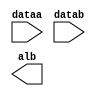
// megafunction wizard: %LPM_COMPARE%VBB%
// GENERATION: STANDARD
// VERSION: WM1.0
// MODULE: LPM_COMPARE 

// ============================================================
// Megafunction Name(s):
// 			LPM_COMPARE
//
// Simulation Library Files(s):
// 			lpm
// ============================================================
// ************************************************************
// THIS IS A WIZARD-GENERATED FILE. DO NOT EDIT THIS FILE!
//
// 13.0.1 Build 232 06/12/2013 SP 1 SJ Web Edition
// ************************************************************

//Copyright (C) 1991-2013 Altera Corporation
//Your use of Altera Corporation's design tools, logic functions 
//and other software and tools, and its AMPP partner logic 
//functions, and any output files from any of the foregoing 
//(including device programming or simulation files), and any 
//associated documentation or information are expressly subject 
//to the terms and conditions of the Altera Program License 
//Subscription Agreement, Altera MegaCore Function License 
//Agreement, or other applicable license agreement, including, 
//without limitation, that your use is for the sole purpose of 
//programming logic devices manufactured by Altera and sold by 
//Altera or its authorized distributors.  Please refer to the 
//applicable agreement for further details.

module lpm_compare0 (
	dataa,
	datab,
	alb);

	input	[9:0]  dataa;
	input	[9:0]  datab;
	output	  alb;

endmodule

// ============================================================
// CNX file retrieval info
// ============================================================
// Retrieval info: PRIVATE: AeqB NUMERIC "0"
// Retrieval info: PRIVATE: AgeB NUMERIC "0"
// Retrieval info: PRIVATE: AgtB NUMERIC "0"
// Retrieval info: PRIVATE: AleB NUMERIC "0"
// Retrieval info: PRIVATE: AltB NUMERIC "1"
// Retrieval info: PRIVATE: AneB NUMERIC "0"
// Retrieval info: PRIVATE: INTENDED_DEVICE_FAMILY STRING "Cyclone IV E"
// Retrieval info: PRIVATE: LPM_PIPELINE NUMERIC "0"
// Retrieval info: PRIVATE: Latency NUMERIC "0"
// Retrieval info: PRIVATE: PortBValue NUMERIC "0"
// Retrieval info: PRIVATE: Radix NUMERIC "10"
// Retrieval info: PRIVATE: SYNTH_WRAPPER_GEN_POSTFIX STRING "0"
// Retrieval info: PRIVATE: SignedCompare NUMERIC "0"
// Retrieval info: PRIVATE: aclr NUMERIC "0"
// Retrieval info: PRIVATE: clken NUMERIC "0"
// Retrieval info: PRIVATE: isPortBConstant NUMERIC "0"
// Retrieval info: PRIVATE: nBit NUMERIC "10"
// Retrieval info: PRIVATE: new_diagram STRING "1"
// Retrieval info: LIBRARY: lpm lpm.lpm_components.all
// Retrieval info: CONSTANT: LPM_REPRESENTATION STRING "UNSIGNED"
// Retrieval info: CONSTANT: LPM_TYPE STRING "LPM_COMPARE"
// Retrieval info: CONSTANT: LPM_WIDTH NUMERIC "10"
// Retrieval info: USED_PORT: alb 0 0 0 0 OUTPUT NODEFVAL "alb"
// Retrieval info: USED_PORT: dataa 0 0 10 0 INPUT NODEFVAL "dataa[9..0]"
// Retrieval info: USED_PORT: datab 0 0 10 0 INPUT NODEFVAL "datab[9..0]"
// Retrieval info: CONNECT: @dataa 0 0 10 0 dataa 0 0 10 0
// Retrieval info: CONNECT: @datab 0 0 10 0 datab 0 0 10 0
// Retrieval info: CONNECT: alb 0 0 0 0 @alb 0 0 0 0
// Retrieval info: GEN_FILE: TYPE_NORMAL lpm_compare0.v TRUE
// Retrieval info: GEN_FILE: TYPE_NORMAL lpm_compare0.inc FALSE
// Retrieval info: GEN_FILE: TYPE_NORMAL lpm_compare0.cmp FALSE
// Retrieval info: GEN_FILE: TYPE_NORMAL lpm_compare0.bsf TRUE FALSE
// Retrieval info: GEN_FILE: TYPE_NORMAL lpm_compare0_inst.v FALSE
// Retrieval info: GEN_FILE: TYPE_NORMAL lpm_compare0_bb.v TRUE
// Retrieval info: LIB_FILE: lpm